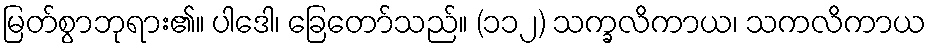
မြတ်စွာဘုရား၏။ ပါဒေါ၊ ခြေတော်သည်။ (၁၁၂) သက္ခလိကာယ၊ သကလိကာယ